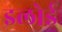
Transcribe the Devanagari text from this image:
इलोई